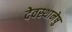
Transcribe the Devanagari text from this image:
देवस्थानेषु